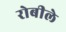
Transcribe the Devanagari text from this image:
रोबीले